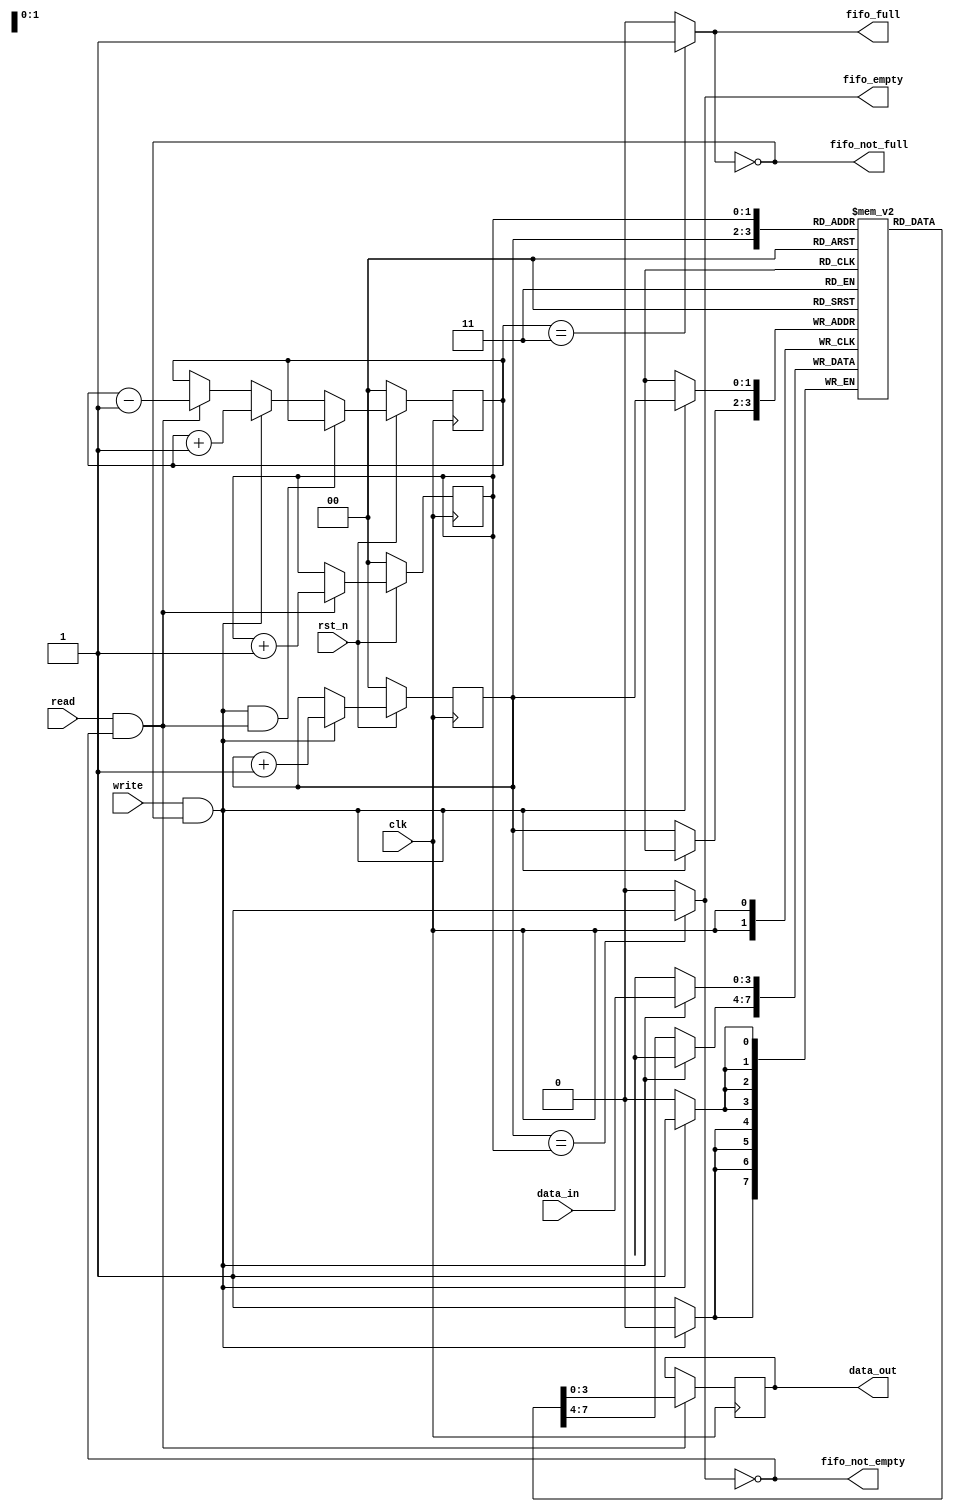
/*
Copyright (c) 2014-2022 Luiz Carlos Gili

Permission is hereby granted, free of charge, to any person obtaining a copy
of this software and associated documentation files (the "Software"), to deal
in the Software without restriction, including without limitation the rights
to use, copy, modify, merge, publish, distribute, sublicense, and/or sell
copies of the Software, and to permit persons to whom the Software is
furnished to do so, subject to the following conditions:

The above copyright notice and this permission notice shall be included in
all copies or substantial portions of the Software.

THE SOFTWARE IS PROVIDED "AS IS", WITHOUT WARRANTY OF ANY KIND, EXPRESS OR
IMPLIED, INCLUDING BUT NOT LIMITED TO THE WARRANTIES OF MERCHANTABILITY
FITNESS FOR A PARTICULAR PURPOSE AND NONINFRINGEMENT. IN NO EVENT SHALL THE
AUTHORS OR COPYRIGHT HOLDERS BE LIABLE FOR ANY CLAIM, DAMAGES OR OTHER
LIABILITY, WHETHER IN AN ACTION OF CONTRACT, TORT OR OTHERWISE, ARISING FROM,
OUT OF OR IN CONNECTION WITH THE SOFTWARE OR THE USE OR OTHER DEALINGS IN
THE SOFTWARE.
*/

// Language: Verilog 2001

`timescale 1ns / 1ps


module fifo #(
    parameter WIDTH = 4,
    parameter DEPTH = 4
)(
    input [WIDTH-1:0] data_in,
    input wire clk,
    input wire rst_n,
    input wire write,
    input wire read,
    output reg [WIDTH-1:0] data_out,
    output wire fifo_full,
    output wire fifo_empty,
    output wire fifo_not_empty,
    output wire fifo_not_full
);

    // memory will contain the FIFO data.
    reg [WIDTH-1:0] memory [0:DEPTH-1];
    // $clog2(DEPTH+1)-2 to count from 0 to DEPTH
    reg [$clog2(DEPTH)-1:0] write_ptr;
    reg [$clog2(DEPTH)-1:0] read_ptr;
    reg [$clog2(DEPTH)-1:0] fifo_counter;

    // Initialization
    initial begin
    
        // Init both write_cnt and read_cnt to 0
        write_ptr = 0;
        read_ptr = 0;

        // Display error if WIDTH is 0 or less.
        if ( WIDTH <= 0 ) begin
            $error("%m ** Illegal condition **, you used %d WIDTH", WIDTH);
        end
        // Display error if DEPTH is 0 or less.
        if ( DEPTH <= 0) begin
            $error("%m ** Illegal condition **, you used %d DEPTH", DEPTH);
        end

    end // end initial

    assign fifo_empty   = ( write_ptr == read_ptr ) ? 1'b1 : 1'b0;
    assign fifo_full    = ( fifo_counter == (DEPTH-1) ) ? 1'b1 : 1'b0;
    assign fifo_not_empty = !fifo_empty;
    assign fifo_not_full = !fifo_full;

    always@(posedge clk) begin
        if(!rst_n) 
            fifo_counter <= 0;             
        else if((fifo_not_full && write) && (fifo_not_empty && read))
            fifo_counter <= fifo_counter;
        else if(fifo_not_full && write)   
            fifo_counter <= fifo_counter + 1;
        else if(fifo_not_empty && read)  
            fifo_counter <= fifo_counter - 1; 
        else  
            fifo_counter <= fifo_counter;     
    end

    always @ (posedge clk) begin

        if ( write && fifo_not_full) 
            memory[write_ptr] <= data_in;
        else 
            memory[write_ptr] <= memory[write_ptr];

        if ( read && fifo_not_empty) 
            data_out <= memory[read_ptr];
        else 
            data_out <= data_out;

    end

    always @ ( posedge clk ) begin
        if(!rst_n) begin
            write_ptr <= 0;
            read_ptr <= 0;
        end
        else begin 
            if ( write && fifo_not_full) 
                write_ptr <= write_ptr + 1;
            else 
                write_ptr <= write_ptr;

            if ( read && fifo_not_empty ) 
                read_ptr <= read_ptr + 1;
            else 
                read_ptr <= read_ptr;
        end 
    end

endmodule